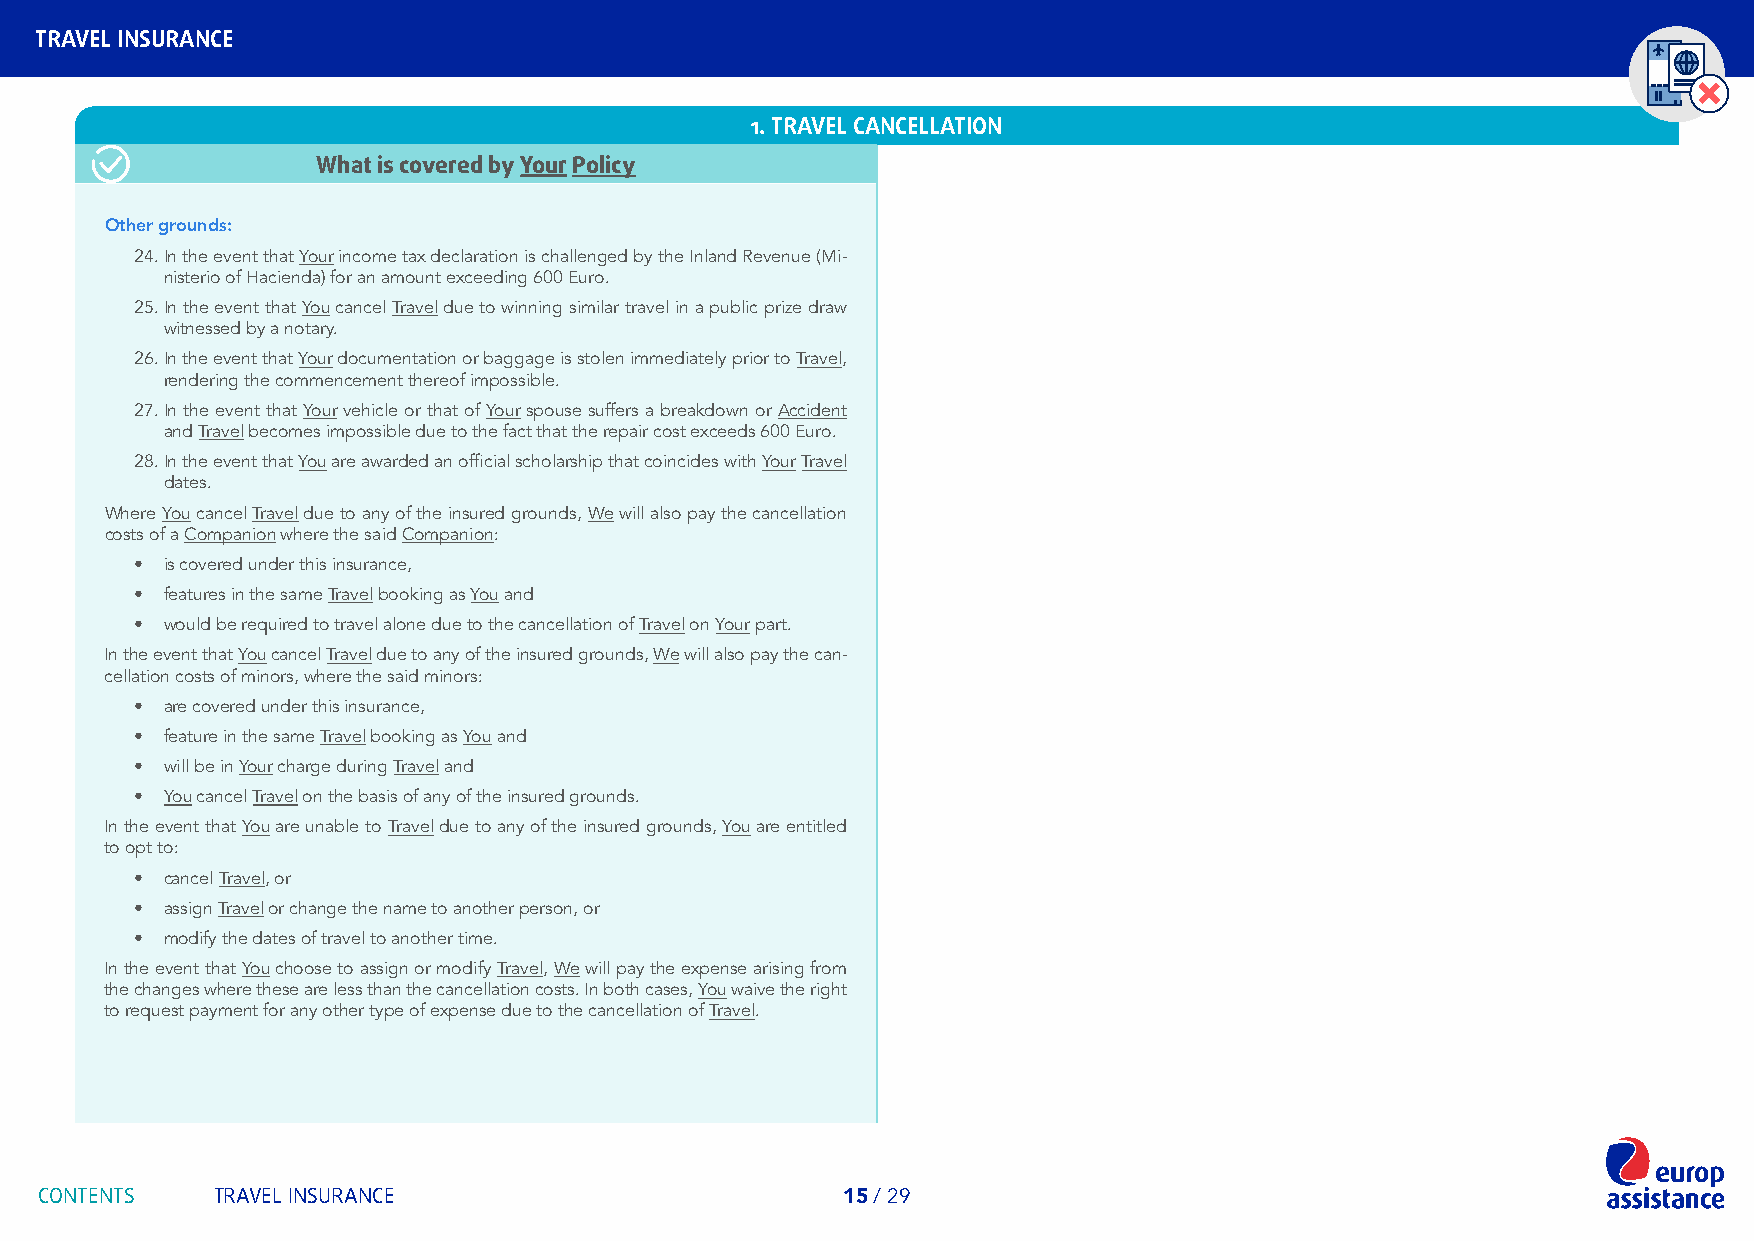
TRAVEL INSURANCE
 1. TRAVEL CANCELLATION
 What is covered by Your Policy
 Other grounds:
 24. In the event that Your income tax declaration is challenged by the Inland Revenue (Mi-
 nisterio of Hacienda) for an amount exceeding 600 Euro.
 25. In the event that You cancel Travel due to winning similar travel in a public prize draw
 witnessed by a notary.
 26. In the event that Your documentation or baggage is stolen immediately prior to Travel,
 rendering the commencement thereof impossible.
 27. In the event that Your vehicle or that of Your spouse suffers a breakdown or Accident
 and Travel becomes impossible due to the fact that the repair cost exceeds 600 Euro.
 28. In the event that You are awarded an official scholarship that coincides with Your Travel
 dates.
 Where You cancel Travel due to any of the insured grounds, We will also pay the cancellation
 costs of a Companion where the said Companion:
 • is covered under this insurance,
 • features in the same Travel booking as You and
 • would be required to travel alone due to the cancellation of Travel on Your part.
 In the event that You cancel Travel due to any of the insured grounds, We will also pay the can-
 cellation costs of minors, where the said minors:
 • are covered under this insurance,
 • feature in the same Travel booking as You and
 • will be in Your charge during Travel and
 • You cancel Travel on the basis of any of the insured grounds.
 In the event that You are unable to Travel due to any of the insured grounds, You are entitled
 to opt to:
 • cancel Travel, or
 • assign Travel or change the name to another person, or
 • modify the dates of travel to another time.
 In the event that You choose to assign or modify Travel, We will pay the expense arising from
 the changes where these are less than the cancellation costs. In both cases, You waive the right
 to request payment for any other type of expense due to the cancellation of Travel.
 CONTENTS   TRAVEL INSURANCE                          15 / 29